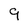
Character: 9